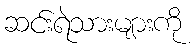
ဆင်းရဲသားများကို